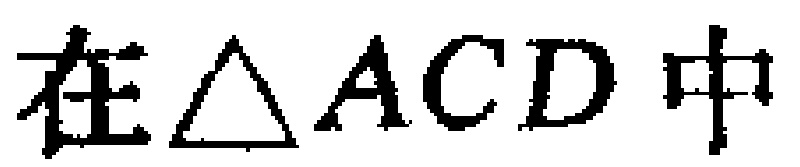
在$\triangle ACD$中